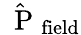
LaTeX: \hat{\mathrm{~\mathbf~P~}}_{\mathrm{field}}